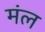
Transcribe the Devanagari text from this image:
मंल